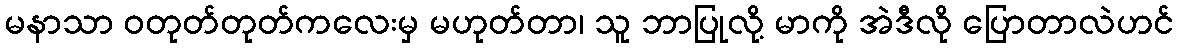
မနာသာ ဝတုတ်တုတ်ကလေးမှ မဟုတ်တာ၊ သူ ဘာပြုလို့ မာကို အဲဒီလို ပြောတာလဲဟင်